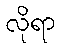
လိုရာ